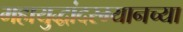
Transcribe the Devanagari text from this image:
महायुद्धांदरम्यानच्या